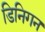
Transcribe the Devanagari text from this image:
डिनिगन